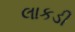
લાકડી